Reports on dispensaries and lunatic asylums in the Province of Oudh - 1869-1876
Year: 1869
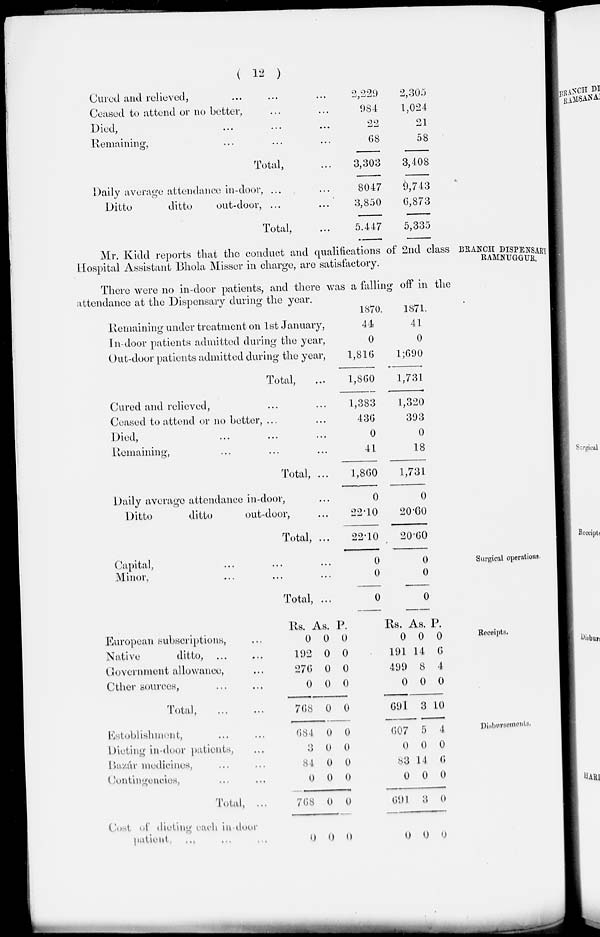
( 12 )
Cured and relieved, ... ... ...
Ceased to attend or no better, ... ...
Died, ... ... ...
Remaining, ... ... ...
Total, ...
Daily average attendance in-door, ... ...
Ditto
ditto
out-door, ... ...
Total, ...
2,229
984
22
68
3,303
8,047
3,850
5,447
2,305
1,024
21
58
3,408
9,743
6,873
5,335
BRANCH DISPENSARY
RAMNUGGUR.
Mr. Kidd reports that the conduct and qualifications of 2nd class
Hospital Assistant Bhola Misser in charge, are satisfactory.
There were no in-door patients, and there was a falling off in the
attendance at the Dispensary during the year.
Remaining under treatment on 1st January,
In-door patients admitted during the year,
Out-door patients admitted during the year,
Total, ...
Cured and relieved, ... ...
Ceased to attend or no better, ... ...
Died, ... ... ...
Remaining, ... ... ...
Total, ...
Daily average attendance in-door, ...
Ditto
ditto
out-door, ...
Total, ...
1870.
44
0
1,816
1,860
1,383
436
0
41
1,860
0
22.10
22.10
1871.
41
0
1,690
1,731
1,320
393
0
18
1,731
0
20.60
20.60
Surgical operations.
Capital, ... ... ...
Minor, ... ... ...
Total, ...
0
0
0
0
0
0
Receipts.
European subscriptions, ...
Native
ditto, ... ...
Government allowance, ...
Other sources, ... ...
Total, ... ...
Rs.
0
192
276
0
768
As.
0
0
0
0
0
P.
0
0
0
0
0
Rs.
0
191
499
0
691
As.
0
14
8
0
3
P.
0
6
4
0
10
Disbursements.
Establishment, ... ...
Dieting in-door patients, ...
Bazár medicines, ... ...
Contingencies, ... ...
Total, ...
Cost of dieting each in-door
patient ... ... ...
684
3
84
0
768
0
0
0
0
0
0
0
0
0
0
0
0
0
607
0
83
0
691
0
5
0
14
0
3
0
4
0
6
0
0
0